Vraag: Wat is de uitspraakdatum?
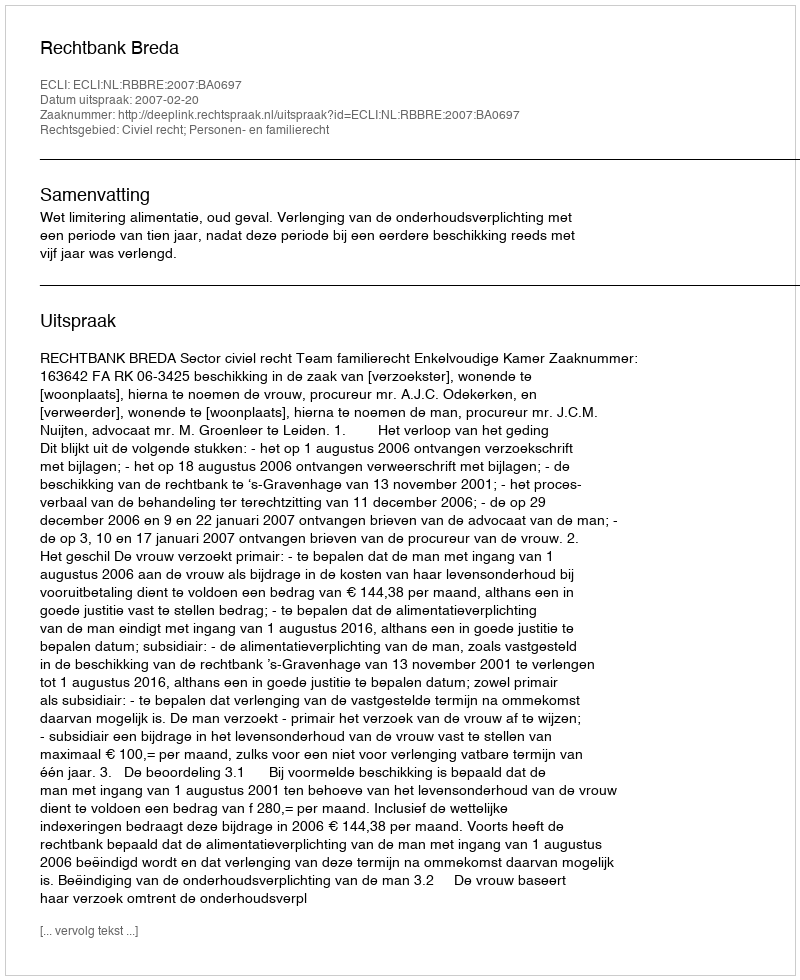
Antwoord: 2007-02-20